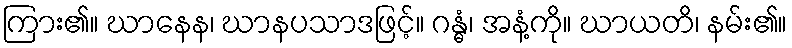
ကြား၏။ ဃာနေန၊ ဃာနပသာဒဖြင့်။ ဂန္ဓံ၊ အနံ့ကို။ ဃာယတိ၊ နမ်း၏။